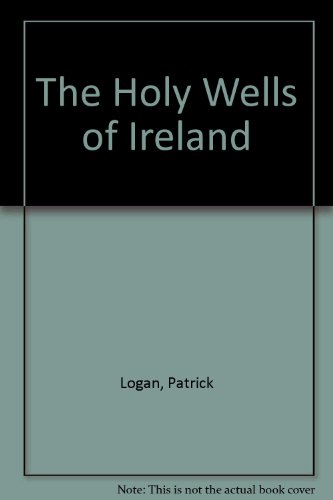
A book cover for The Holy Wells of Ireland; Patrick Logan; Health, Fitness & Dieting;